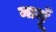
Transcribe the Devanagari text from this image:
मामूँ